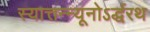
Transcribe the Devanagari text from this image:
स्यात्तन्न्यूनोऽर्द्धरथ